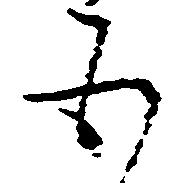
五